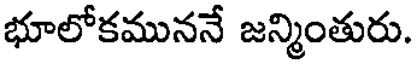
భూలోకముననే జన్మింతురు.